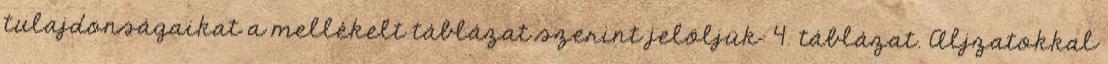
tulajdonságaikat a mellékelt táblázat szerint jelöljük: 4. táblázat. Aljzatokkal